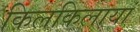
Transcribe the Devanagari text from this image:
किलकिलायां